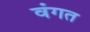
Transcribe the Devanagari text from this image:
वंगत